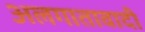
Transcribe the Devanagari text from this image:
अलगातावादी